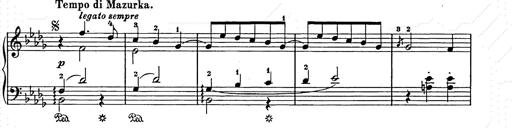
Title: Weihnachtsbaum
Composer: Franz Liszt